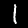
Digit: 1